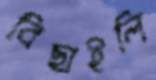
বিছাইলি